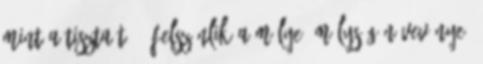
mint a tiszta tóé. Felszínlik a mélye, mélység növevénye.